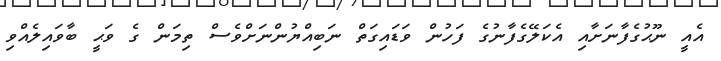
އެއީ ނޫޙުގެފާނަށާއި އެކަލޭގެފާނުގެ ފަހުން ވަޑައިގަތް ނަބިއްޔުންނަށްވެސް ތިމަން ގެ ވަޙީ ބާވައިލެއްވި